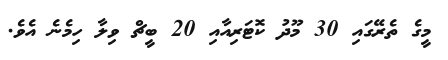
މީގެ ތެރޭގައި 30 މޫދު ކޮޓަރިއާއި 20 ބީޗް ވިލާ ހިމެނެ އެވެ.